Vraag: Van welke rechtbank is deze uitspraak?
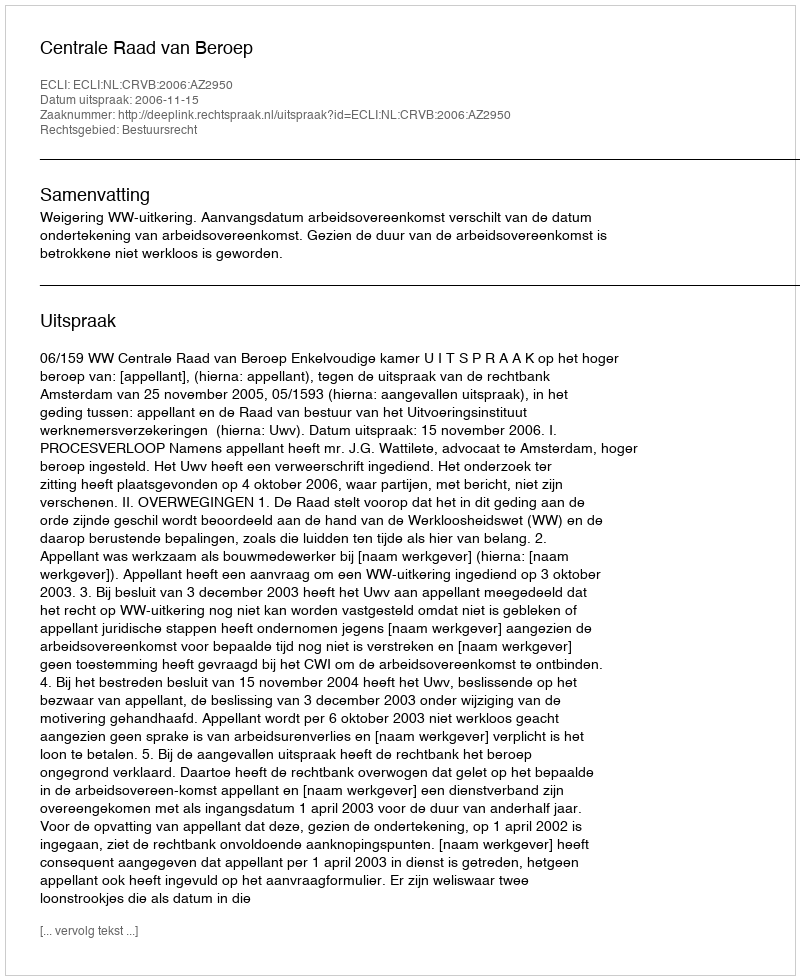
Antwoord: Centrale Raad van Beroep